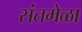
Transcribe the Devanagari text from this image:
संतमेळा